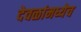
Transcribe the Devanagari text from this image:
देवळांमध्येच